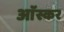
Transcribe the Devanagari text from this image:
आॅस्कर